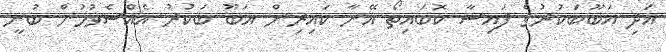
އަދި އަބޫބަކުރުގެ ފައިސާ ކޮބައިތޯ އޭނާ ކައިރިން އަބޫ ބަކުރު އެއްސެވުމުން ބުނީ